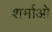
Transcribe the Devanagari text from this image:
शर्माओ